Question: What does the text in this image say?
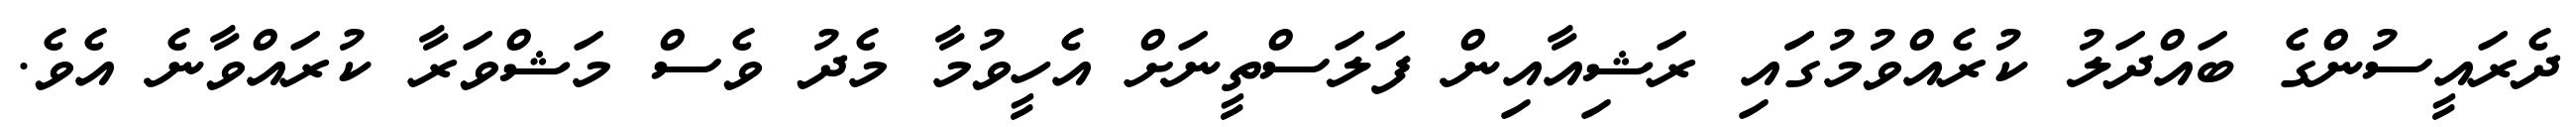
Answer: ދެރައީސުންގެ ބައްދަލު ކުރެއްވުމުގަައި ރަޝިއާއިން ފަލަސްތީނަށް އެހީވުމާ މެދު ވެސް މަޝްވަރާ ކުރައްވާނެ އެވެ.